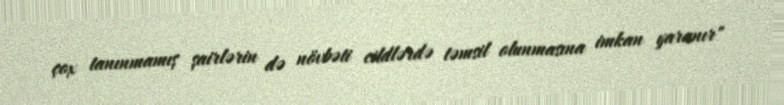
çox tanınmamış şairlərin də növbəti cildlərdə təmsil olunmasına imkan yaranır"